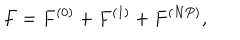
F = F ^ { ( 0 ) } + F ^ { ( 1 ) } + F ^ { ( N P ) } ,